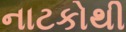
નાટકોથી